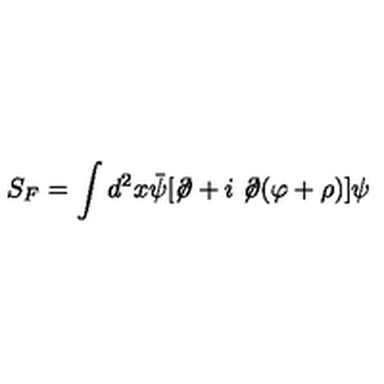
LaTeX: S _ { F } = \int d ^ { 2 } x { \bar { \psi } } [ \not \! \partial + i \not \! \partial ( \varphi + \rho ) ] \psi